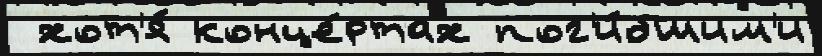
 хот'я́ конце́ртах пог'и́бшим'и